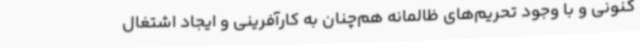
کنونی و با وجود تحریم‌های ظالمانه هم‌چنان به کارآفرینی و ایجاد اشتغال